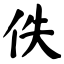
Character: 佚